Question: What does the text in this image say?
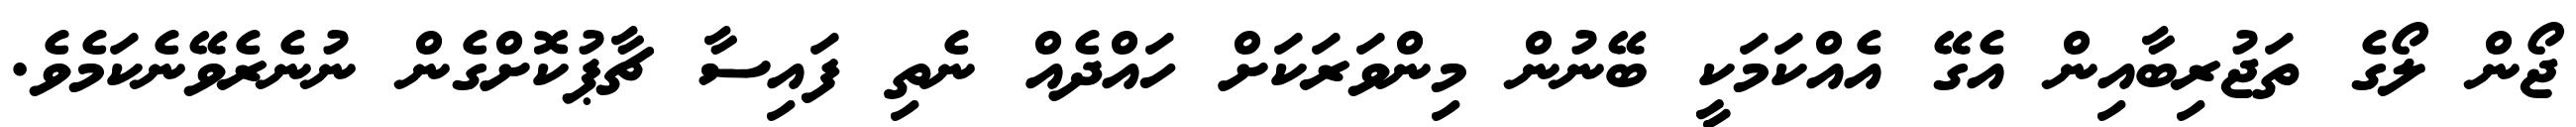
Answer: ޖޯން ލޯގެ ތަޖުރިބާއިން އެގޭ އެއްކަމަކީ ބޭނުން މިންވަރަކަށް ހައްދެއް ނެތި ފައިސާ ޗާޕުކޮށްގެން ނުނެރެވޭނެކަމެވެ.